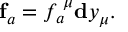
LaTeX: \mathbf { f } _ { a } = f _ { a } ^ { \; \mu } \mathbf { d } y _ { \mu } .